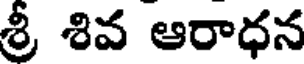
శ్రీ శివ ఆరాధన